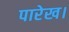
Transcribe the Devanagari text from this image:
पारेख।